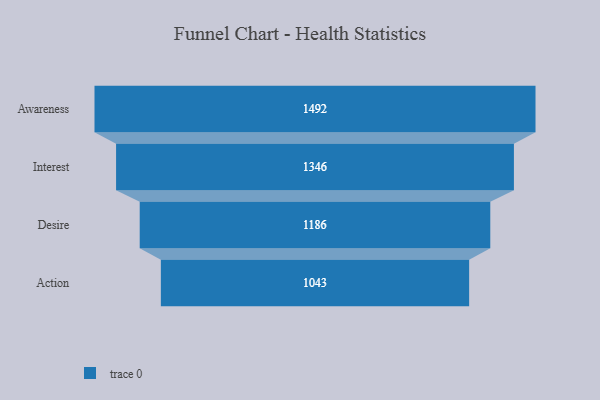
{"axis": {"x": "Stage", "y": "Value"}, "legend": [""], "data": [{"x": "Awareness", "y": 1492.0, "type": ""}, {"x": "Interest", "y": 1346.0, "type": ""}, {"x": "Desire", "y": 1186.0, "type": ""}, {"x": "Action", "y": 1043.0, "type": ""}]}